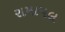
રામાપલ